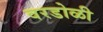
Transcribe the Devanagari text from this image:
वरडोळी